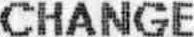
CHANGE